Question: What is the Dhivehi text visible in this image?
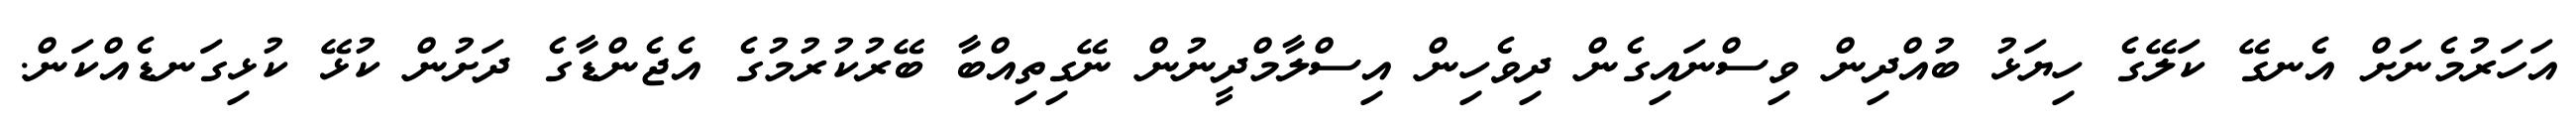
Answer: އަހަރުމެނަށް އެނގޭ ކަލޭގެ ހިޔަޅު ބުއްދިން ވިސްނައިގެން ދިވެހިން އިސްލާމްދީނުން ނޭގިތިއްބާ ބޭރުކުރުމުގެ އެޖެންޑާގެ ދަށުން ކުޅޭ ކުޅިގަނޑެއްކަން.